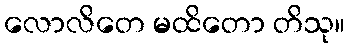
လောလိတေ မထိတော တိသု။